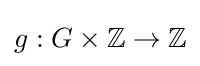
g:G\times \mathbb {Z} \to \mathbb {Z}